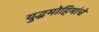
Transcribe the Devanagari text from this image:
युद्धमोहिमांचे